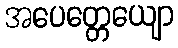
အပေတ္တေယျော